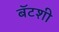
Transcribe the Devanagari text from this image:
बॅटशी